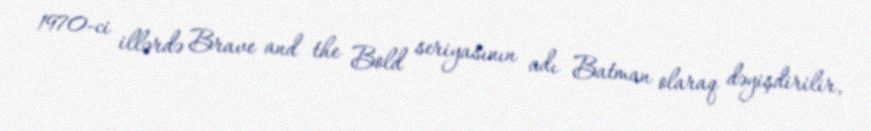
1970-ci illərdə Brave and the Bold seriyasının adı Batman olaraq dəyişdirilir,